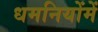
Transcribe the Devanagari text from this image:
धमनियोंमें